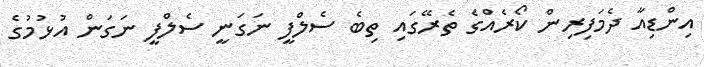
އިންޑިއާ ދެމަފިރިން ކޯރެއްގެ ތެރޭގައި ތިބެ ސެލްފީ ނަގަނީ ސެލްފީ ނަގަން އުޅުމުގެ